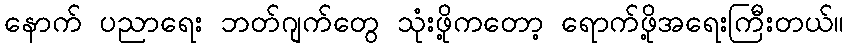
နောက် ပညာရေး ဘတ်ဂျက်တွေ သုံးဖို့ကတော့ ရောက်ဖို့အရေးကြီးတယ်။